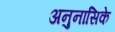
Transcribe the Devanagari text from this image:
अनुनासिके